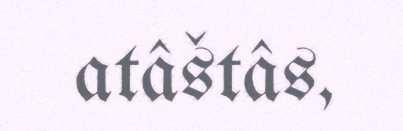
atâštâs,